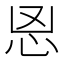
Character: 𰑉